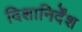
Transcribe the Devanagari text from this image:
दिशानिर्देंश